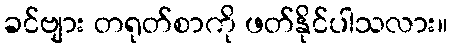
ခင်ဗျား တရုတ်စာကို ဖတ်နိုင်ပါသလား။